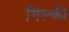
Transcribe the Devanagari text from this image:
गिल्की